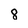
Character: 8